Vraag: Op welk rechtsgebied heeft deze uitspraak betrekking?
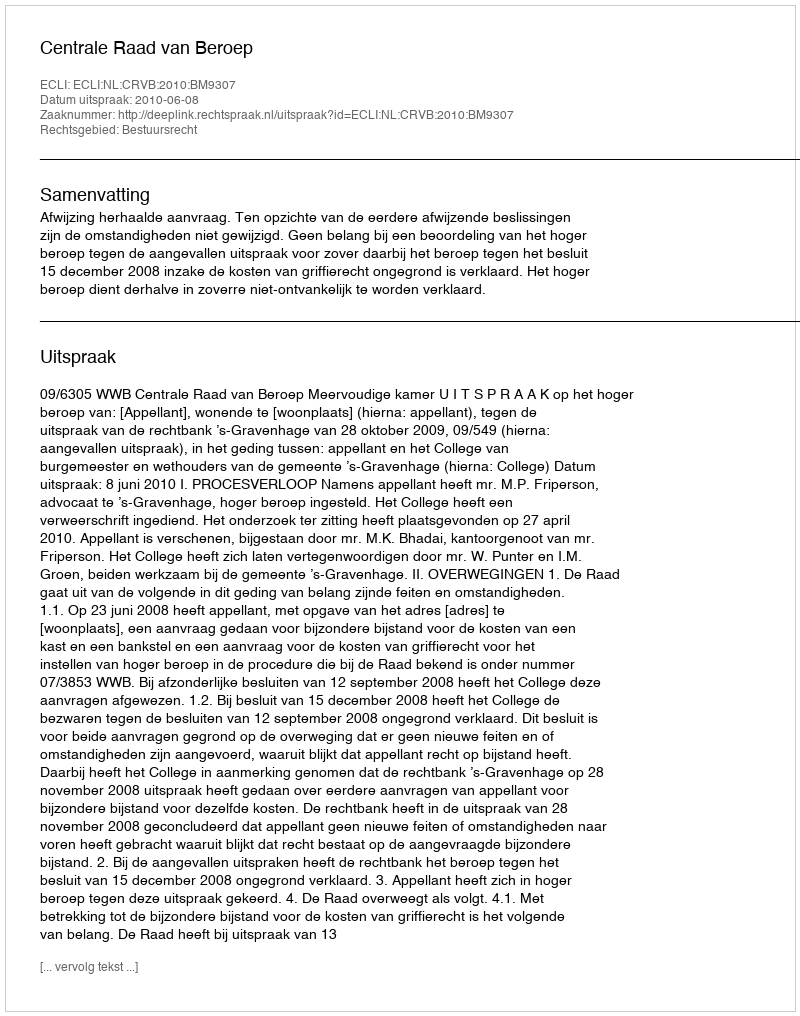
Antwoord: Bestuursrecht